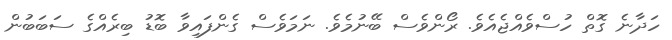
ހަދާނެ ގޮތް ހުސްވެއްޖެއެވެ. ރޯންވެސް ބޭނުމެވެ. ނަމަވެސް ގެންފައިވާ ބޮޑު ބިރެއްގެ ސަބަބުން